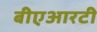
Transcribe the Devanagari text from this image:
बीएआरटी